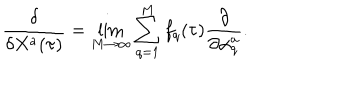
\frac { \delta } { \delta X ^ { a } ( \tau ) } = \lim _ { M \rightarrow \infty } \sum _ { q = 1 } ^ { M } f _ { q } ( \tau ) \frac { \partial } { \partial \alpha _ { q } ^ { a } } .